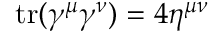
\operatorname { t r } ( \gamma ^ { \mu } \gamma ^ { \nu } ) = 4 \eta ^ { \mu \nu }